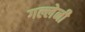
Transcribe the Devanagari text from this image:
गल्लेनी